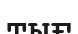
тығ